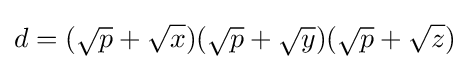
d=({\sqrt {p}}+{\sqrt {x}})({\sqrt {p}}+{\sqrt {y}})({\sqrt {p}}+{\sqrt {z}})